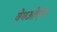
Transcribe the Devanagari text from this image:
वेबओऍस